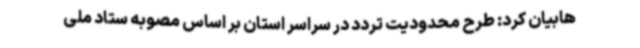
هابیان کرد: طرح محدودیت تردد در سراسر استان بر اساس مصوبه ستاد ملی